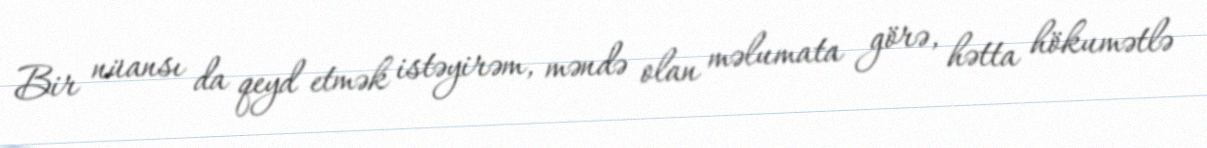
Bir nüansı da qeyd etmək istəyirəm, məndə olan məlumata görə, hətta hökumətlə